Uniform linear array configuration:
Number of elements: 8
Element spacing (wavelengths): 0.75
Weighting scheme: hamming
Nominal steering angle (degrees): -60
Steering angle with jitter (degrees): -58.809
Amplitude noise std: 0.05
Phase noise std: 0.05

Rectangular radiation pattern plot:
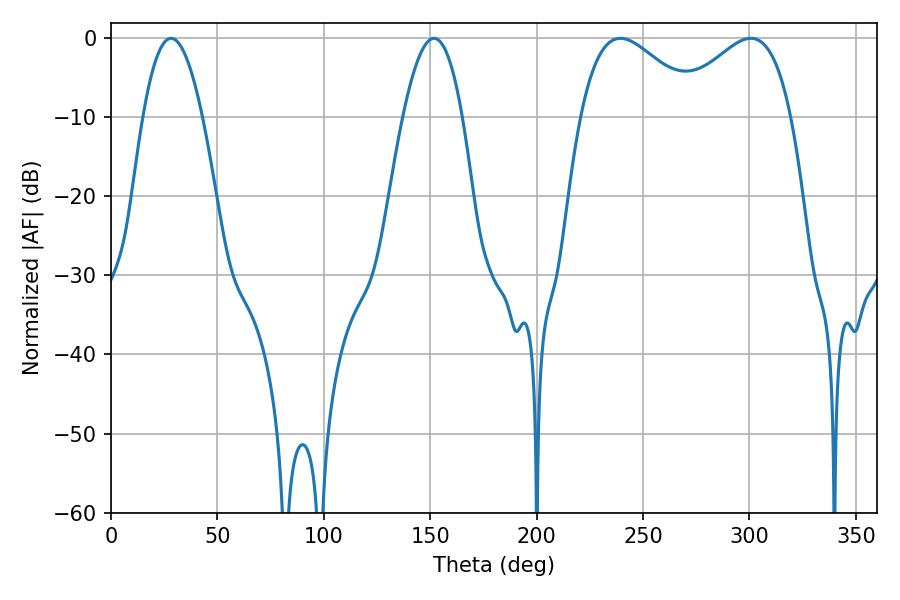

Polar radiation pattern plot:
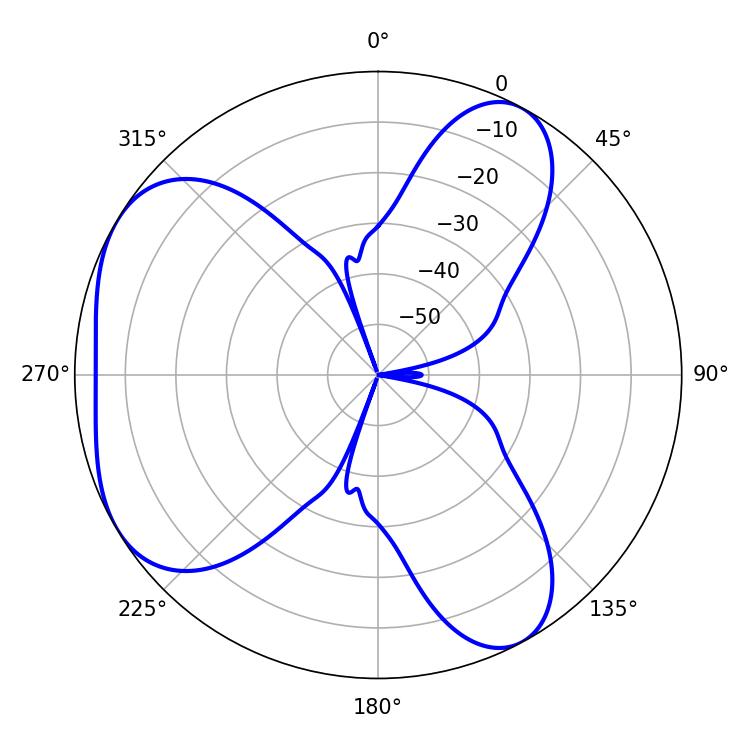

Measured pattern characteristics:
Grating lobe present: TRUE
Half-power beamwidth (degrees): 30.24
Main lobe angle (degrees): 239.4